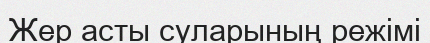
Жер асты суларының режімі